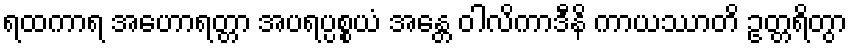
ရထကာရ အဟောရတ္တာ အပရပ္ပစ္စယံ အန္တေ ဝါလိကာဒီနိ ကာယဿာတိ ဥတ္တရိတွာ